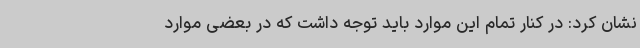
نشان کرد: در کنار تمام این موارد باید توجه داشت که در بعضی موارد